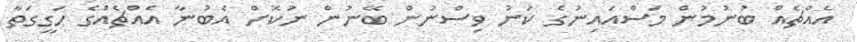
އެއްޗެއް ބުނުމުން މަސްއައިނުގެ ކަނު ވިސްނުން ބޭނުން ނުކޮށް އެބުނާ އެއްޗެއްގެ ހަގީގަތާ